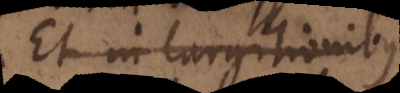
Et in largitionibus